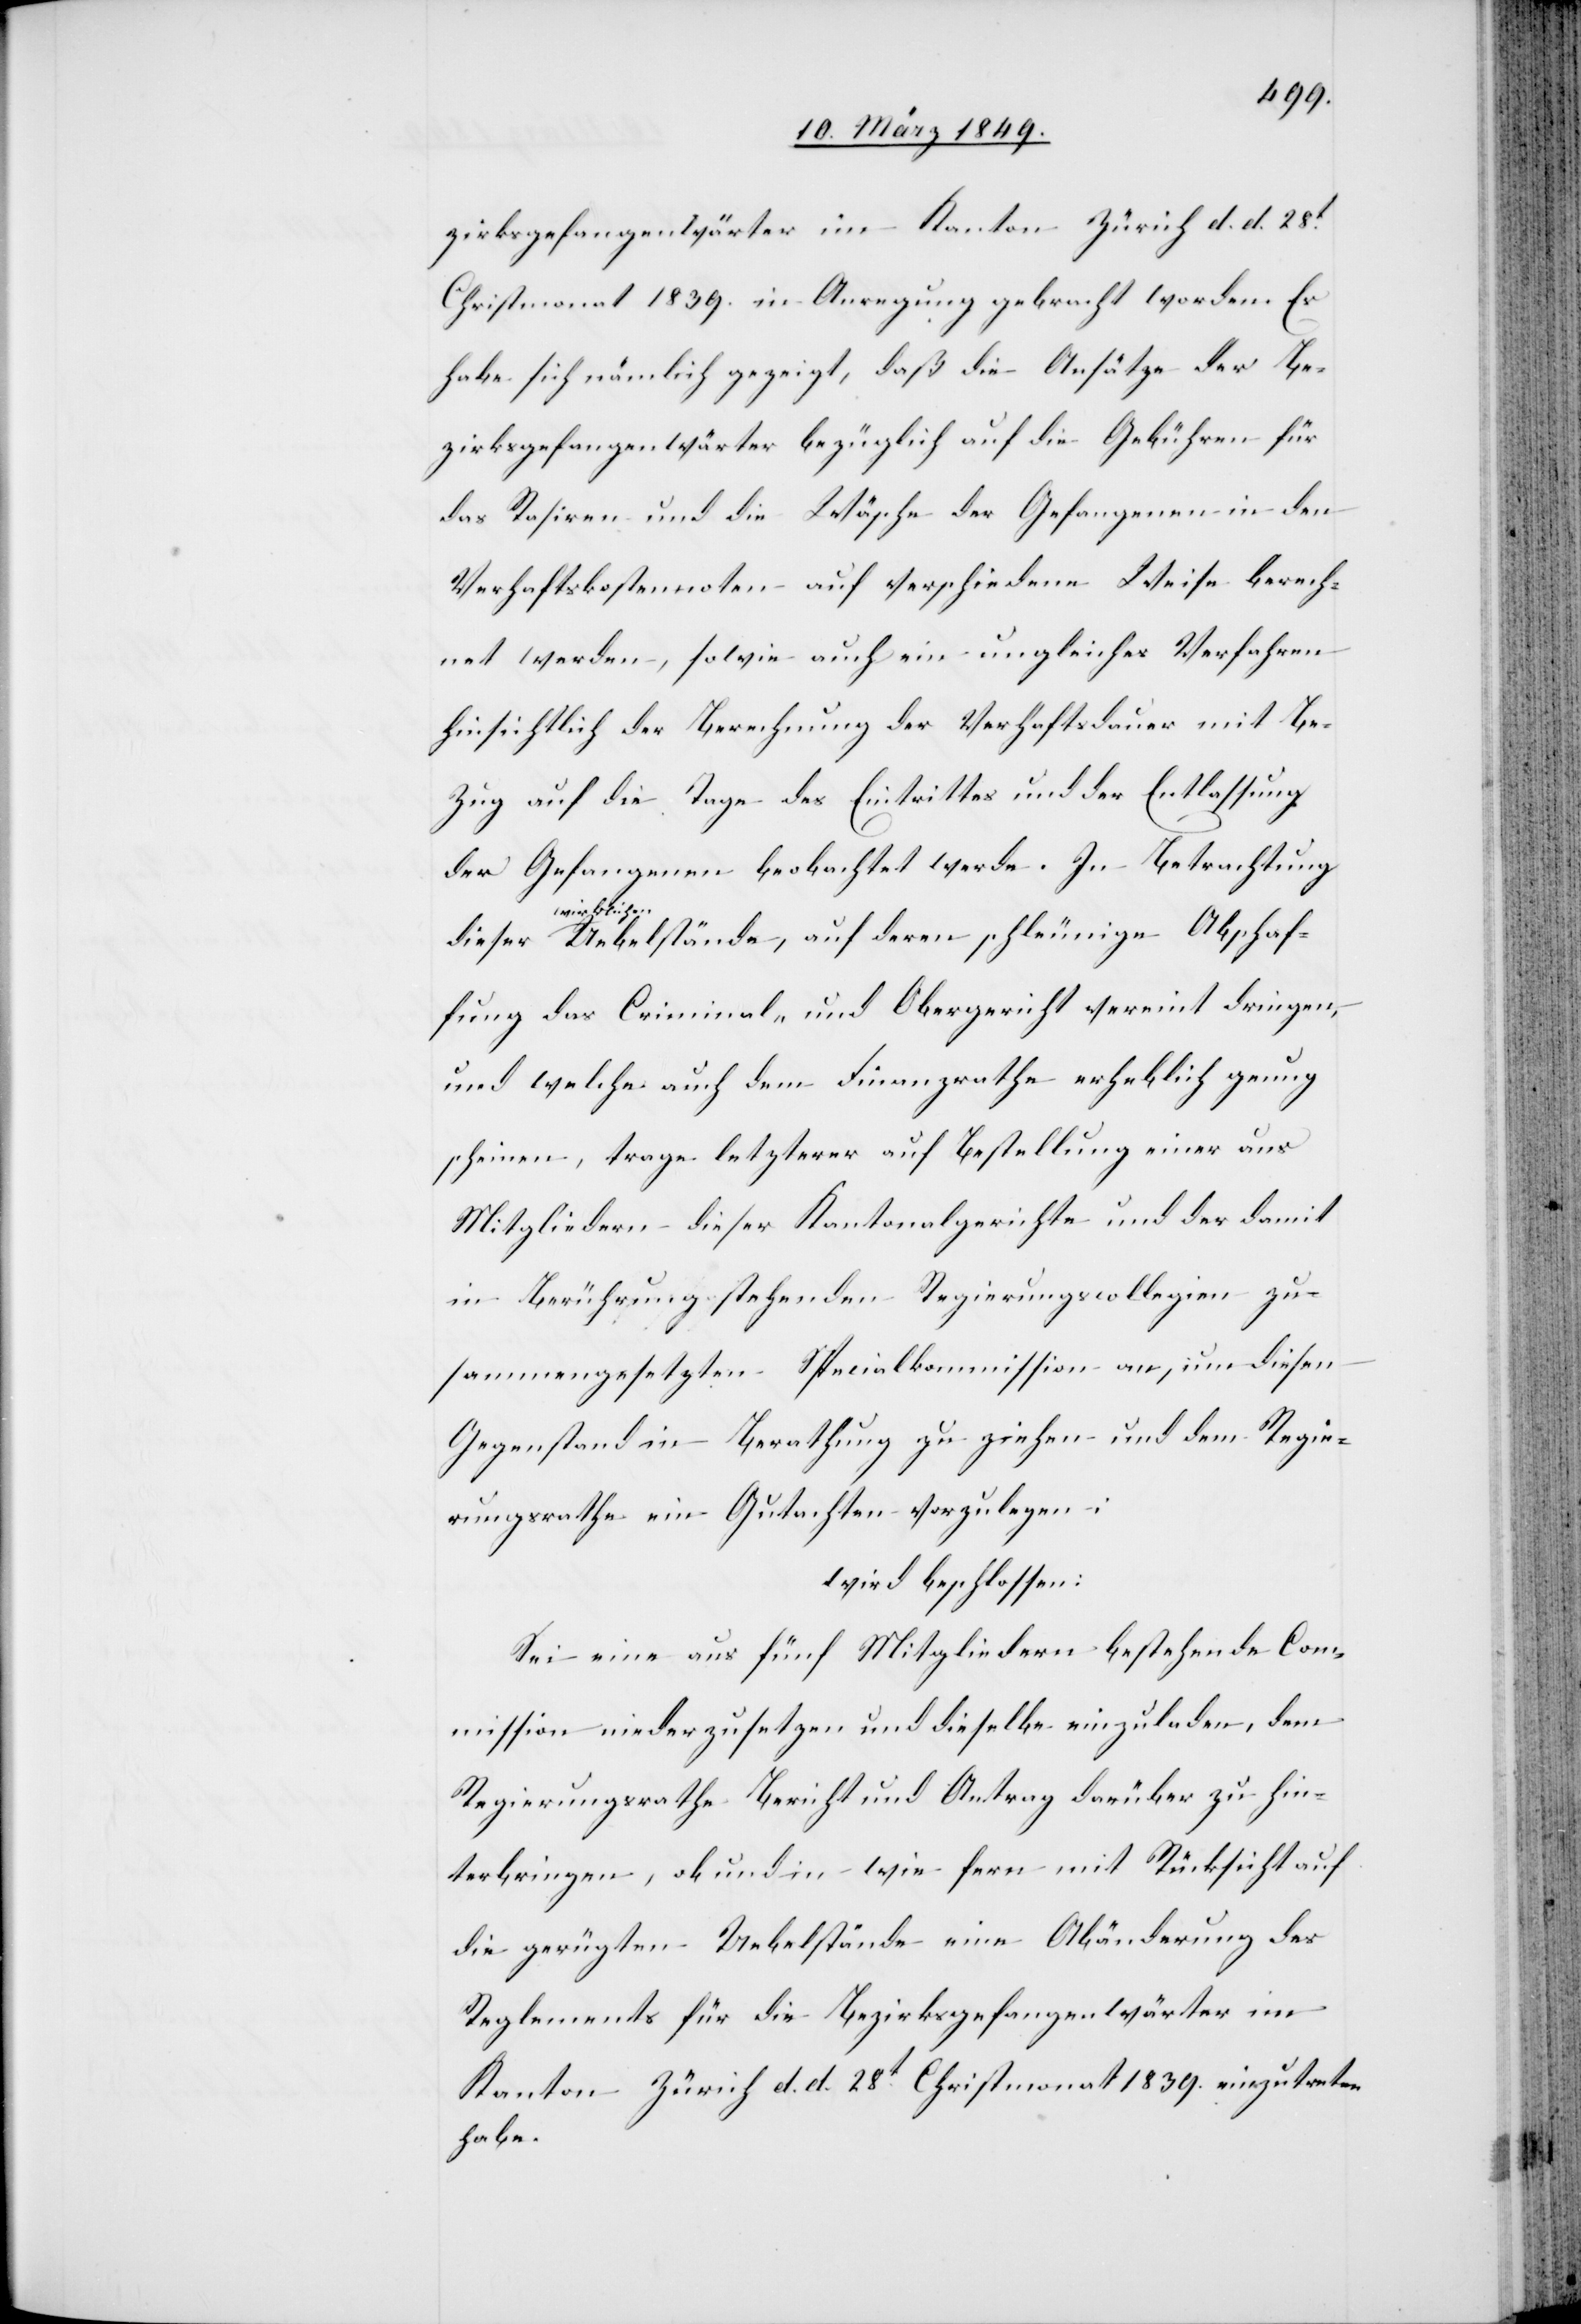
zirksgefangenwärter im Kanton Zürich d. d. 28t.
Christmonat 1839. in Anregung gebracht worden. Es
habe sich nämlich gezeigt, daß die Ansätze der Be¬
zirksgefangenwärter bezüglich auf die Gebühren für
das Rasiren und die Wäsche der Gefangenen in den
Verhaftskostennoten auf verschiedene Weise berech¬
net werden, sowie auch ein ungleiches Verfahren
hinsichtlich der Berechnung der Verhaftsdauer mit Be¬
zug auf die Tage des Eintrittes und der Entlassung
der Gefangenen beobachtet werde. In Betrachtung
Abschaf¬
fung das Criminal- und Obergericht vereint dringen,
und welche auch dem Finanzrathe erheblich genug
scheinen, trage letzerer auf Bestellung einer aus
Mitgliedern dieser Kantonalgerichte und der damit
in Berührung stehenden Regierungscollegien zu¬
sammengesetzten Specialkommission an, um diesen
Gegenstand in Berathung zu ziehen und dem Regie¬
rungsrathe ein Gutachten vorzulegen;
wird beschlossen:
Sei eine aus fünf Mitgliedern bestehende Com¬
mission niederzusetzen und dieselbe einzuladen, dem
Regierungsrathe Bericht und Antrag darüber zu hin¬
terbringen, ob und in wie fern mit Rücksicht auf
die gerügten Uebelstände eine Abänderung des
Reglements für die Bezirksgefangenwärter im
Kanton Zürich d. d. 28t. Christmonat 1839. einzutreten
habe.